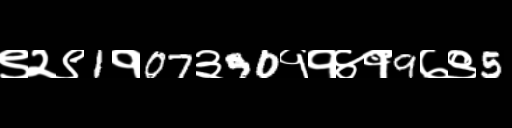
Text: ९२९1१07३90११४१9७९5